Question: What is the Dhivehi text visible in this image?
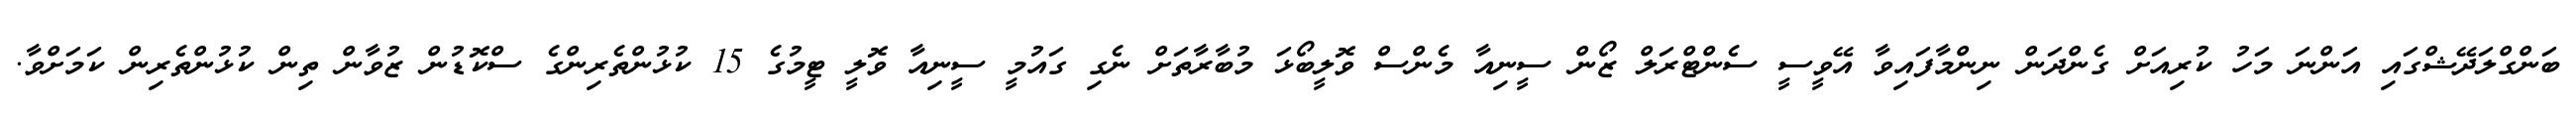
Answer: ބަންގްލަދޭޝްގައި އަންނަ މަހު ކުރިއަށް ގެންދަން ނިންމާފައިވާ އޭވީސީ ސެންޓްރަލް ޒޯން ސީނިއާ މެންސް ވޮލީބޯޅަ މުބާރާތަށް ނެގި ގައުމީ ސީނިއާ ވޮލީ ޓީމުގެ 15 ކުޅުންތެރިންގެ ސްކޮޑުން ޒުވާން ތިން ކުޅުންތެރިން ކަމަށްވާ.